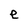
Character: e